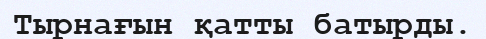
Тырнағын қатты батырды.